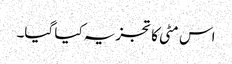
اس مٹی کا تجزیہ کیا گیا۔